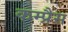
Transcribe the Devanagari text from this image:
कम्प्रैस